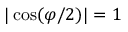
| \cos ( \varphi / 2 ) | = 1